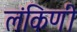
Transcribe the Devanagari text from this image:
लंकिणी